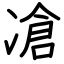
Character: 凔